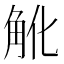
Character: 𧢽